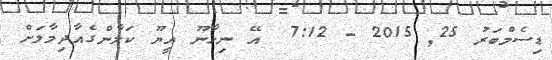
ޑިސެމްބަރު 25